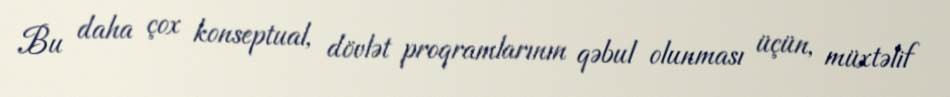
Bu daha çox konseptual, dövlət proqramlarının qəbul olunması üçün, müxtəlif